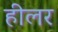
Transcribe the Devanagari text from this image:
हीलर